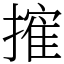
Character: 㩁